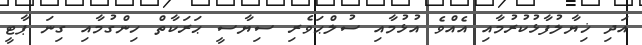
އަދި ޚިޔާލުފާޅުކުރުމާއި އެއްވެ އުޅުމާއި ސުލްޙަވެރި ސިޔާސީ ޙަރަކާތް ހިންގުމާއި ގިނަ ޕާޓީ